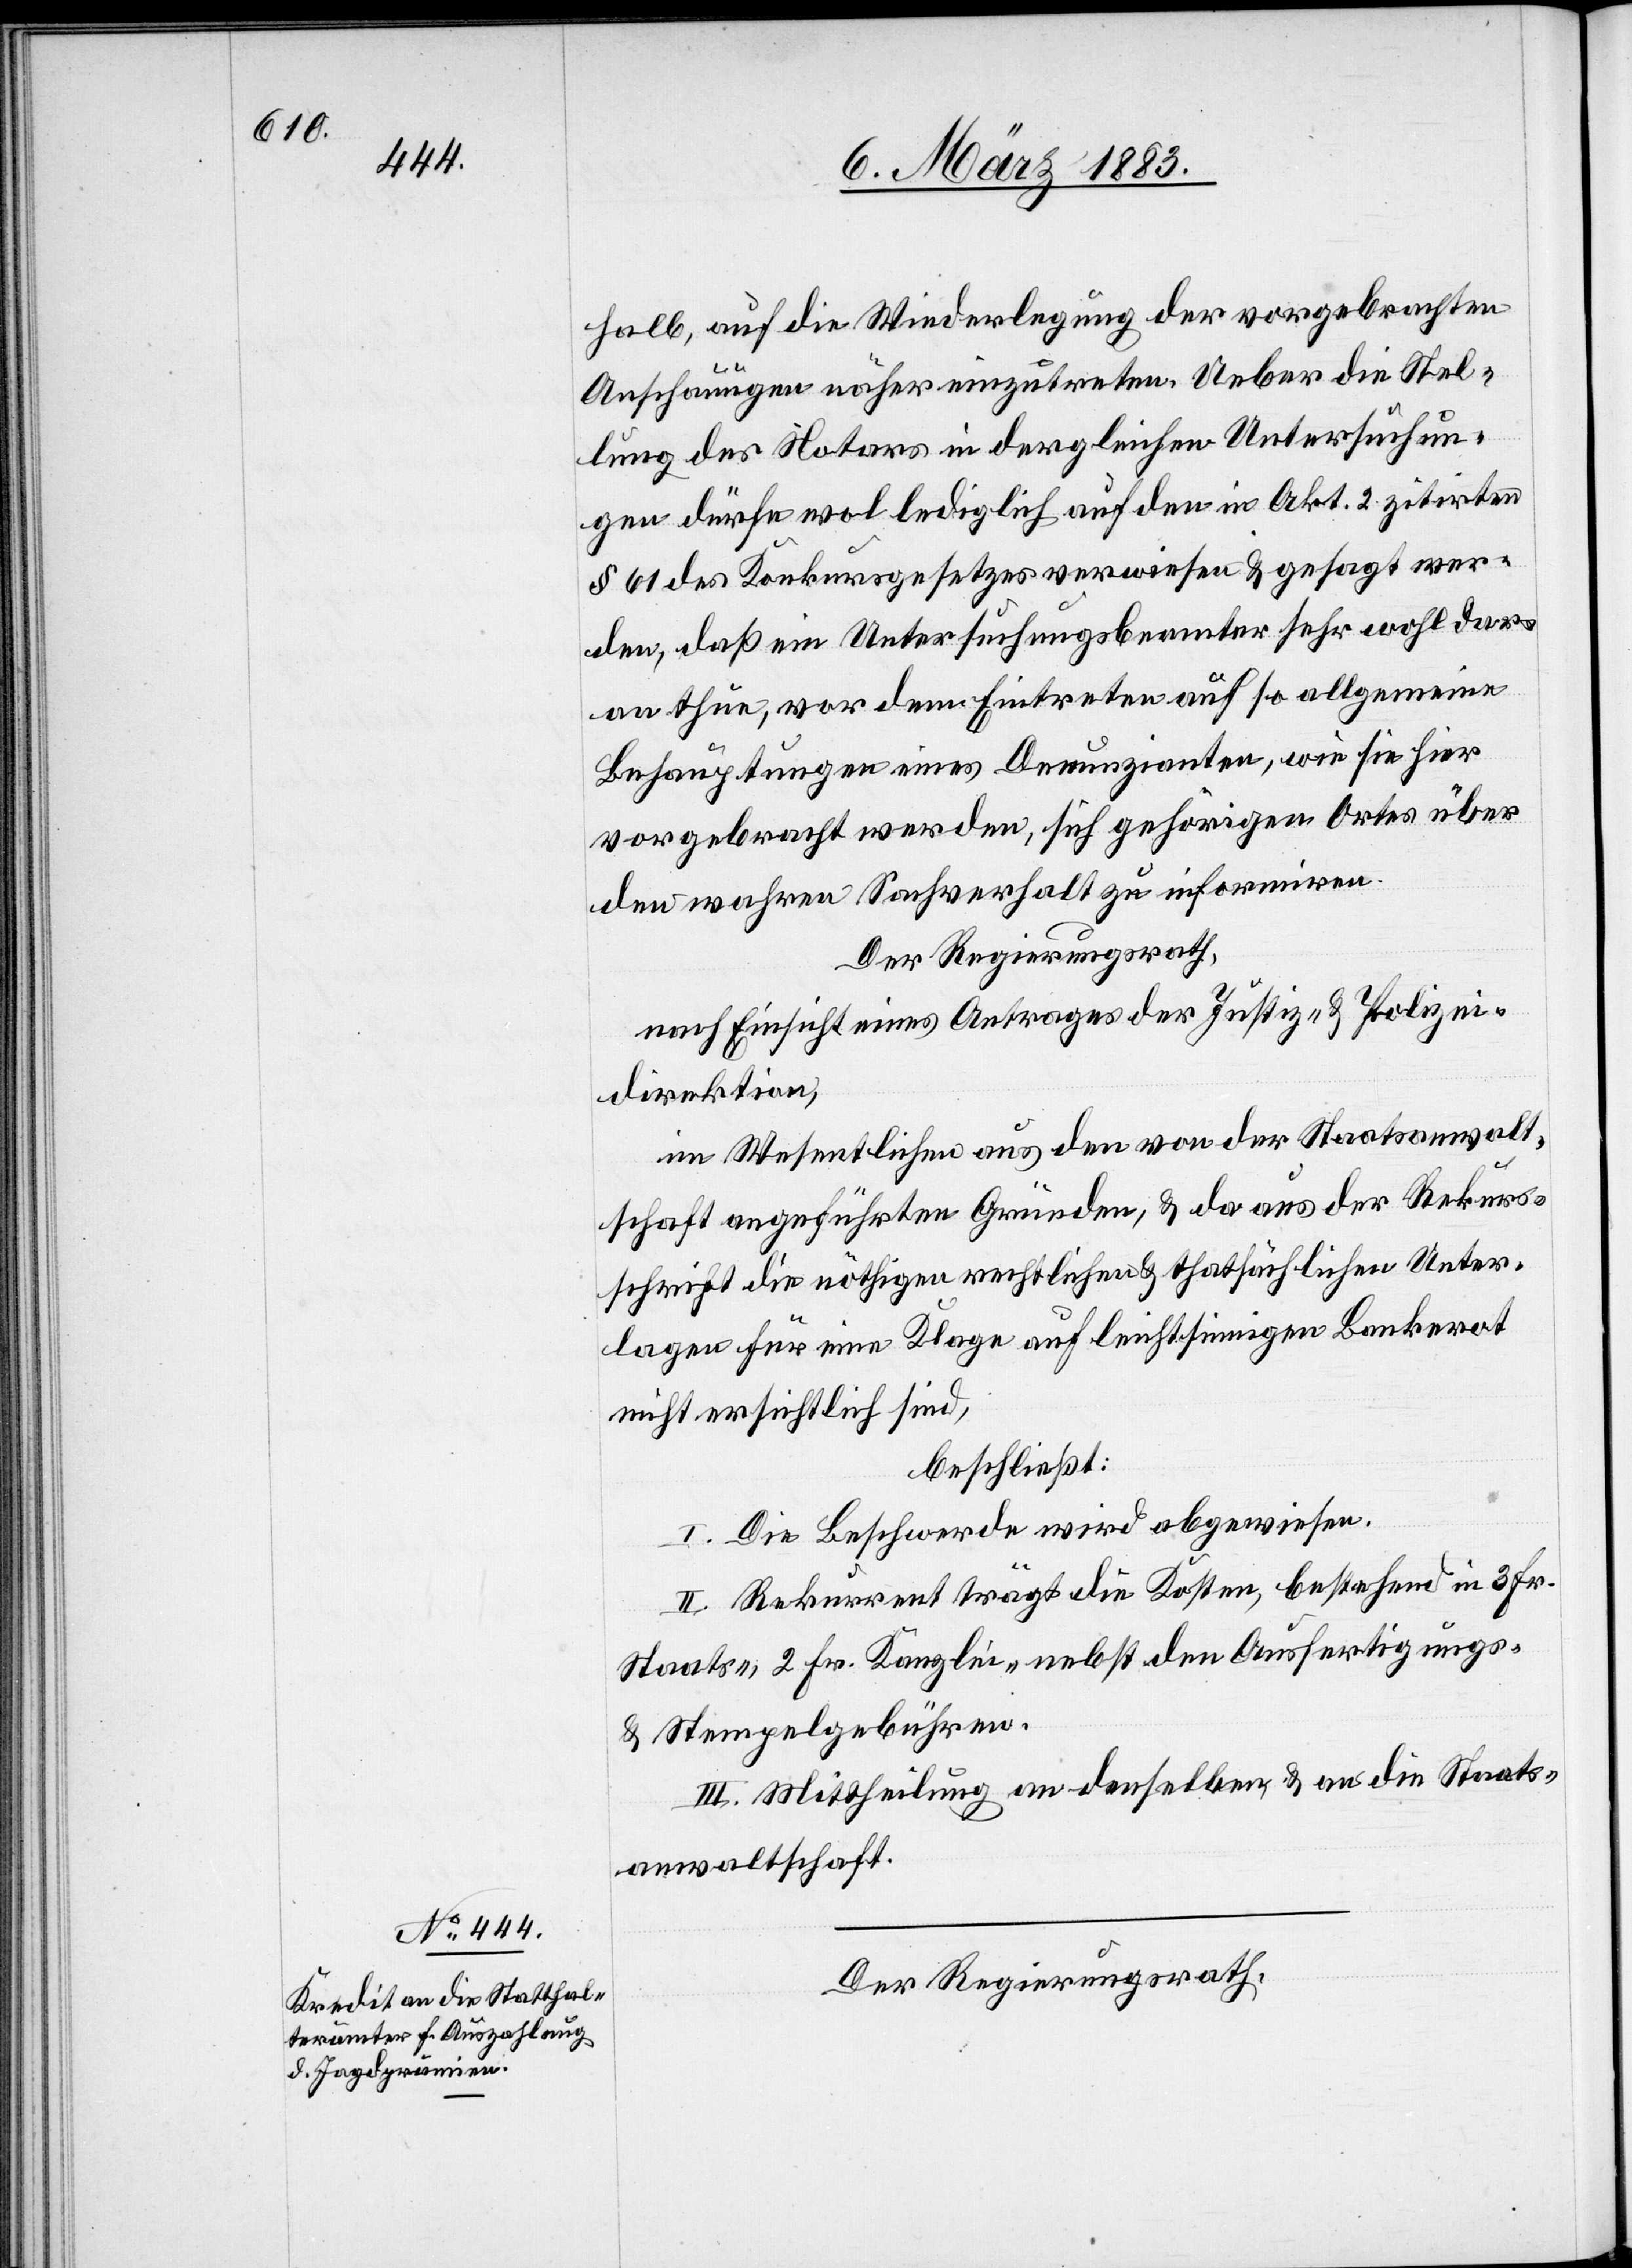
halb, auf die Wiederlegung [sic!] der vorgebrachten
Anschauungen näher einzutreten. Ueber die Stel¬
lung des Notars in dergleichen Untersuchun¬
gen dürfe wol lediglich auf den Akt. 2 zitirten
§ 61 des Konkursgesetzes verwiesen werden & gesagt wer¬
den, daß ein Untersuchungsbeamter sehr wohl dar¬
an thue, vor dem Eintreten auf so allgemeine
Behauptungen eines Denunzianten, wie sie hier
vorgebracht werden, sich gehörigen Ortes über
den wahren Sachverhalt zu informiren.
Der Regierungsrath,
nach Einsicht eines Antrages der Justiz- & Polizei¬
direktion,
im Wesentlichen aus den von der Staatsanwalt¬
schaft angeführten Gründen, & da aus der Rekurs¬
schrift die nöthigen rechtlichen & thatsächlichen Unter¬
lagen für eine Klage auf leichtsinnigen Bankerot
nicht ersichtlich sind,
beschließt:
I. Die Beschwerde wird abgewiesen.
II. Rekurrent trägt die Kosten, bestehend in 3 Fr.
Staats-, 2 Fr. Kanzlei- nebst den Ausfertigungs-
& Stempelgebühren.
III. Mittheilung an denselben, & an die Staats¬
anwaltschaft.
Der Regierungsrath,